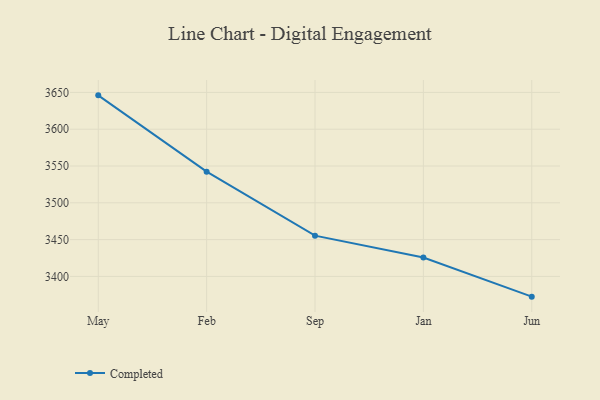
{"axis": {"x": "Month", "y": "Temperature (°C)"}, "legend": ["Completed"], "data": [{"x": "May", "y": 3646.0, "type": "Completed"}, {"x": "Feb", "y": 3542.3, "type": "Completed"}, {"x": "Sep", "y": 3455.4, "type": "Completed"}, {"x": "Jan", "y": 3425.6, "type": "Completed"}, {"x": "Jun", "y": 3372.5, "type": "Completed"}]}